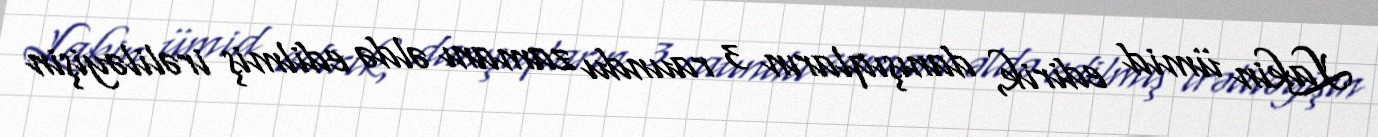
Lakin ümid edirik, danışıqların 3 raundu zamanı əldə edilmiş irəliləyişin